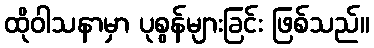
ထိုဝါသနာမှာ ပုစွန်များခြင်း ဖြစ်သည်။